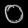
Digit: ၀